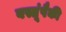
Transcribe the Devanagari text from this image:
वस्तूंपैकी